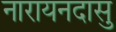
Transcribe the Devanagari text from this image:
नारायनदासु